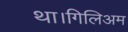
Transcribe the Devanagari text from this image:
था।गिलिअम